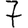
Digit: 7